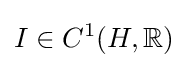
I\in C^{1}(H,\mathbb {R} )